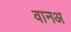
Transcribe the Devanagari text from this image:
वानअ